Annual report on the working of the mental hospitals in the Madras Presidency - 1912-1932
Year: 1912
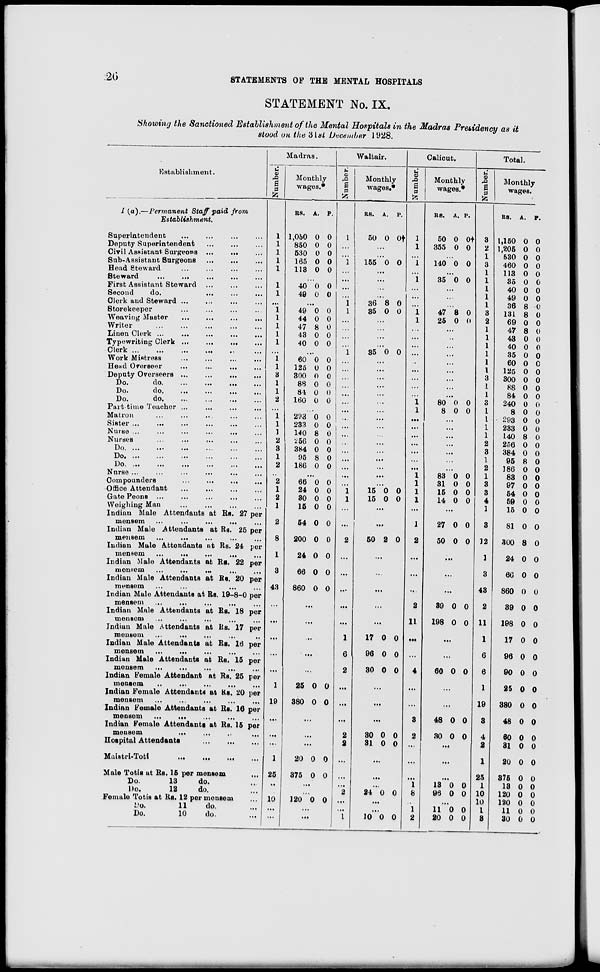
20
STATEMENTS OF THE MENTAL HOSPITALS
STATEMENT No. IX.
Showing the Sanctioned Establishment of the Mental Hospitals in the Madras Presidency as it
stood on the 31st December 1928.
Establishment.
I (a).—Permanent Staff paid from
Establishment.
Superintendent ... ... ... ...
Deputy Superintendent ... ... ...
Civil Assistant Surgeons ... ... ...
Sub-Assistant Surgeons
...
...
...
Head Steward ... ... ... ... ...
Steward
... ... ... ...
First Assistant Steward ... ... ...
Second
do.
...
Clerk and Steward... ... ... ... ...
Storekeeper
...
...
...
...
Weaving Master ... ... ... ...
Writer... ... ... ... ...
Linen Clerk ...
...
...
...
...
Typewriting Clerk ...
...
...
Clerk ...
...
...
...
...
Work Mistress ... ... ...
Head Overseer
...
...
...
...
Deputy
Overseers...
...
...
...
Do.
do.
...
...
...
Do.
do. ... ... ...
Do.
do. ... ... ...
Part time Teacher ... ... ... ...
Matron ... ... ... ...
Sister ... ... ... ... ...
Nurse ... ... ... ... ... ...
Nurses... ... ... ... ...
Do. ... ... ... ... ...
Do.
...
...
...
...
...
Do. ... ... ... ... ...
Nurse ... ... ... ... ...
Compounders
...
...
...
...
Office Attendant
...
...
...
...
Gate Peons ... ... ... ... ...
Weighing Man ... ... ... ... ...
Indian Male Attendants at Rs. 27 per
mensem ... ... ... ... ...
Indian Male Attendants at Rs. 25 per
mensem ... ... ... ... ...
Indian Male Attendants at Rs. 24 per
mensem
...
...
...
...
Indian Male Attendants at Rs. 22 per
mensem
...
...
...
Indian Male Attendants at Rs. 20 per
mensem ... ... ... ...
Indian Male Attendants at Rs. 19—8—0 per
mensem
...
... ... ... ...
Indian Male Attendants at Rs. 18 per
mensem... ... ... ... ...
Indian Male Attendants at Rs. 17 per
mensem
...
... ... ... ...
Indian Male Attendants at Rs. 16 per
mensem
...
...
...
...
Indian Male Attendants at Rs. 15 per
mensem
...
...
...
...
Indian Female Attendant at Rs. 25 per
mensem
...
...
...
...
Indian Female Attendants at Rs. 20 per
mensem ... ... ... ... ...
Indian Female Attendants at Rs. 16 per
mensem
...
...
...
...
Indian Female Attendants at Rs. 15 per
mensem ... ... ...
Hospital Attendants
...
...
...
Maistri-Toti
...
...
...
...
Male Totis at Rs. 15 per mensem ...
Do.
13
do.
Do.
12
do.
Female Totis at Rs. 12 per mensem ...
Do.
11
do. ...
Do.
10
do. ...
Madras.
Number.
1
1
1
1
1
1
1
...
1
1
1
1
1
...
1
1
3
1
1
2
...
1
1
1
2
3
1
2
..
2
1
2
1
2
8
1
3
43
...
...
...
1
19
...
...
...
1
25
..
10
...
...
Monthly
wages.*
RS.
1,050
850
530
165
113
A.
0
0
0
0
0
P.
0
0
0
0
0
...
40
49
0
0
0
0
...
49
44
47
43
40
0
0
8
0
0
0
0
0
0
0
...
60
125
300
88
84
160
0
0
0
0
0
0
0
0
0
0
0
0
...
293
233
140
256
384
95
186
0
0
8
0
0
8
0
0
0
0
0
0
0
0
...
66
24
30
15
54
200
24
66
860
0
0
0
0
0
0
0
0
0
0
0
0
0
0
0
0
0
0
...
...
...
...
...
25
380
0
0
0
0
...
...
...
20
375
0
0
0
0
...
...
120 0 0
...
...
Waltair.
Number.
1
...
...
1
...
...
...
...
1
1
...
...
...
...
1
...
...
...
...
...
...
...
...
...
...
...
...
...
...
...
...
1
1
...
...
2
...
...
...
...
...
1
6
2
...
...
...
2
2
...
...
...
2
...
...
1
Monthly
wages.*
RS.
50
A.
0
P.
0†
...
...
155 0 0
...
...
...
...
36
35
8
0
0
0
...
...
...
...
35 0 0
...
...
...
...
...
...
...
...
...
...
...
...
...
...
...
...
15
15
0
0
0
0
...
...
50 2 0
...
...
...
...
...
17
96
30
0
0
0
0
0
0
...
...
...
30
31
0
0
0
0
...
...
...
24 0 0
...
...
10 0 0
Calicut.
Number.
1
1
...
1
...
1
...
...
...
1
1
...
...
...
...
...
...
...
...
1
1
...
...
...
...
...
...
...
1
1
1
1
...
1
2
...
...
...
2
11
...
...
4
...
...
3
2
...
...
...
1
8
1
2
Monthly
wages.*
RS.
50
355
A.
0
0
P.
0†
0
...
140 0 0
...
35 0 0
...
...
...
47
25
8
0
0
0
...
...
...
...
...
...
...
...
...
80
8
0
0
0
0
...
...
...
...
...
...
...
83
31
15
14
0
0
0
0
0
0
0
0
...
27
50
0
0
0
0
...
...
...
39
198
0
0
0
0
...
60 0 0
...
...
48
30
0
0
0
0
...
...
...
18
96
0
0
0
0
...
11
20
0
0
0
0
Total.
Number.
3
2
1
3
1
1
1
1
1
3
2
1
1
1
1
1
1
3
1
1
3
1
1
1
1
2
3
1
2
1
3
3
4
1
3
12
1
3
43
2
11
1
6
6
1
19
3
4
2
1
25
1
10
10
1
3
Monthly
wages.
RS.
1,150
1,205
530
460
113
35
40
49
36
131
69
47
43
40
35
60
125
300
88
84
240
8
293
233
140
256
384
95
186
83
97
54
59
15
81
300
24
66
860
39
198
17
96
90
25
380
48
60
31
20
375
13
120
120
11
30
A.
0
0
0
0
0
0
0
0
8
8
0
8
0
0
0
0
0
0
0
0
0
0
0
0
8
0
0
8
0
0
0
0
0
0
0
8
0
0
0
0
0
0
0
0
0
0
0
0
0
0
0
0
0
0
0
0
P.
0
0
0
0
0
0
0
0
0
0
0
0
0
0
0
0
0
0
0
0
0
0
0
0
0
0
0
0
0
0
0
0
0
0
0
0
0
0
0
0
0
0
0
0
0
0
0
0
0
0
0
0
0
0
0
0